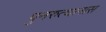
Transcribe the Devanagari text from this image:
पुनरुत्थानास